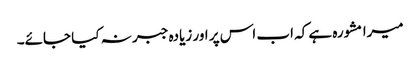
میرا مشورہ ہے کہ اب اس پر اور زیادہ جبر نہ کیا جائے۔